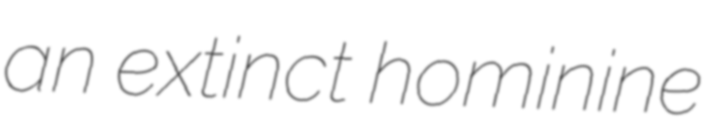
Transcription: an extinct hominine